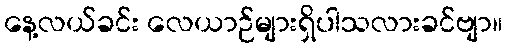
နေ့လယ်ခင်း လေယာဉ်များရှိပါသလားခင်ဗျာ။